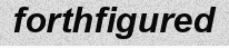
forthfigured